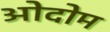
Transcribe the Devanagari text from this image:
ओदोम